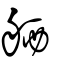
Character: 舾